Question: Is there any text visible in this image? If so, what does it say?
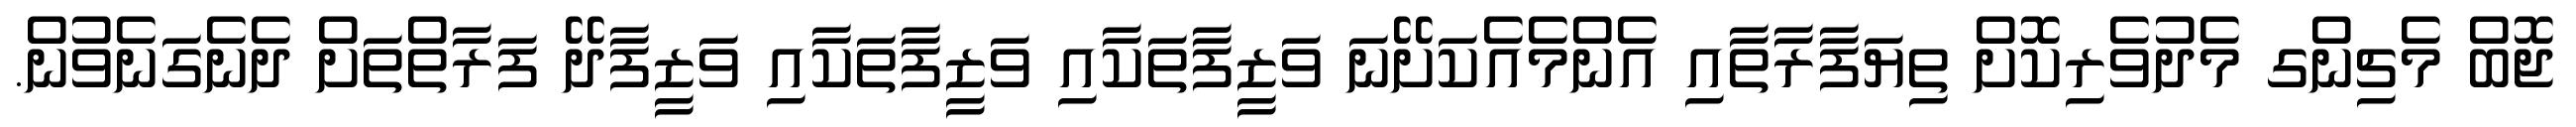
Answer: ޖޮބް މެޗިންގ މެދުވެރިކޮށް ތިޔަފާރާތާއި އެންމެއެކަށޭނަ ވަޒީފާތަކާއި ވަޒީފާތަކާއި ވަޒީފާދޭ ފަރާތްތަށް ދެނެގަނެވުން.